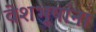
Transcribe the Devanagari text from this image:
वेशभूषांना